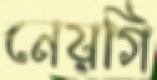
নেয়গি